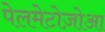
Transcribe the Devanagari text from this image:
पेलमेटोज़ोआ